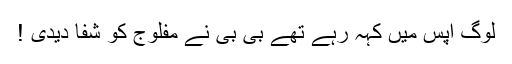
لوگ آپس میں کہہ رہے تھے بی بی نے مفلوج کو شفا دیدی !